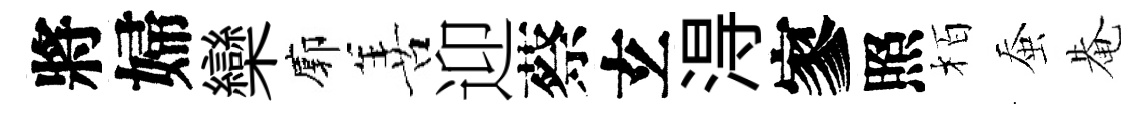
將婦欒廓善迎蔡𤣥淂寥照栢蚕𤲅